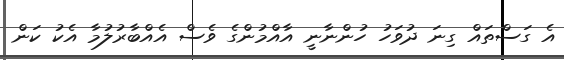
އެ ގަސްތައް ގިނަ ދުވަހު ހުންނާނީ އާއްމުންގެ ވެސް އެއްބާރުލުމާ އެކު ކަން